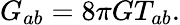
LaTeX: G_{ab}=8\pi GT_{ab}.